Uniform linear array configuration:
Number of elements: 24
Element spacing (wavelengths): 0.25
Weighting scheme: hamming
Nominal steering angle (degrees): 0
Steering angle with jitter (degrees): -0.6052
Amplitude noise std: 0.05
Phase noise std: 0.05

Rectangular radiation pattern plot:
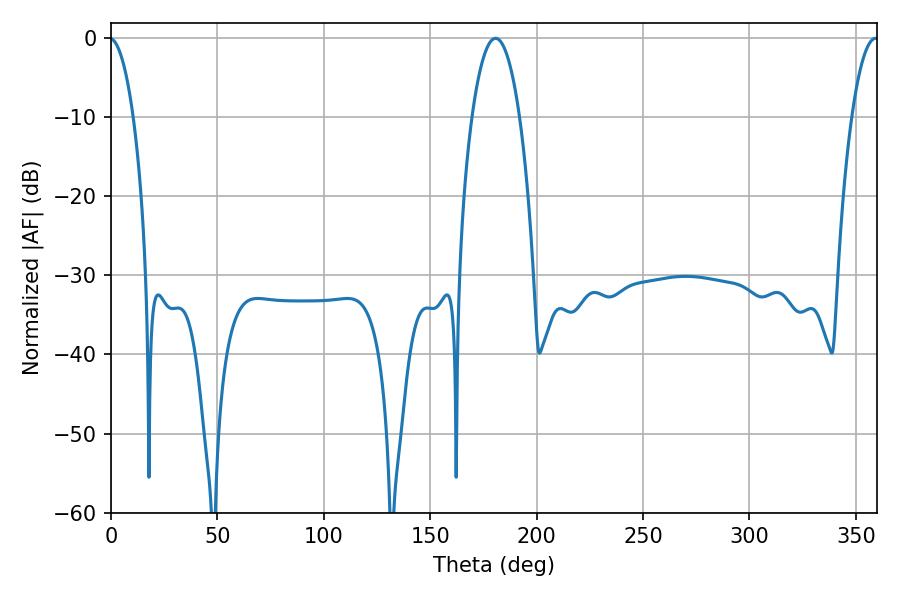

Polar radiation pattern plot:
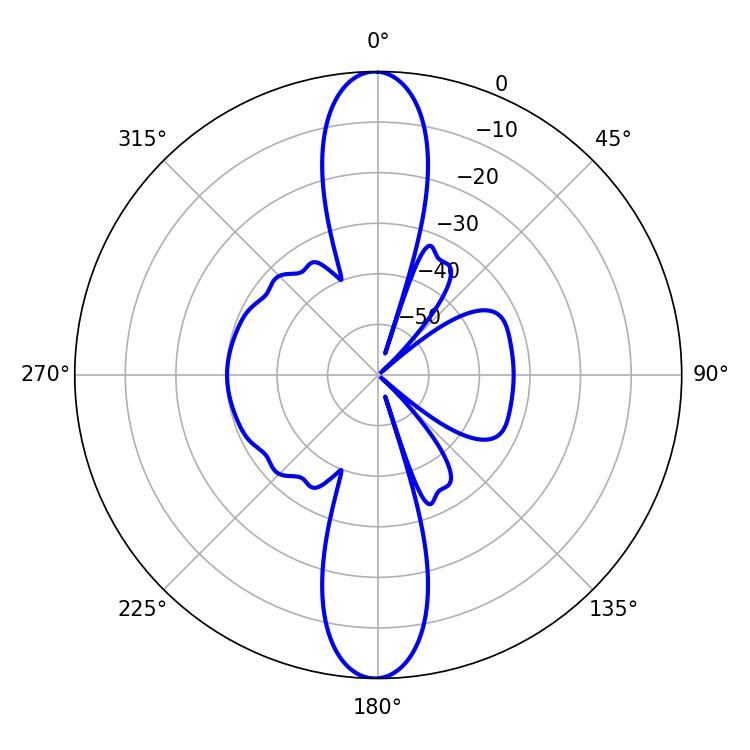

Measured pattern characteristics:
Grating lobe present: FALSE
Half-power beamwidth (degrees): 12.6
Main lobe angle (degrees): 180.72